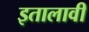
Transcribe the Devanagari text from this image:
इतालावी